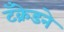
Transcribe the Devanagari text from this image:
टँक्रेडने